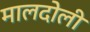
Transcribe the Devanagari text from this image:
मालदोली